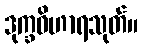
ဒုက္ခဝိဟာရသုတ်။